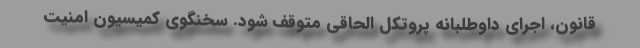
قانون، اجرای داوطلبانه پروتکل الحاقی متوقف شود. سخنگوی کمیسیون امنیت